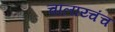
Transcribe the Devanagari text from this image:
चालाय्चंच